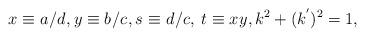
LaTeX: \begin{align*}x_{}\equiv a_{}/d_{},y_{}\equiv b_{}/c_{},s_{}\equiv d_{}/c_{},\,t_{}\equiv x_{}y_{},k^{2}+(k^{^{\prime}})^{2}=1,\end{align*}